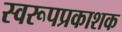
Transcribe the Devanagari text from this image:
स्वरूपप्रकाशक